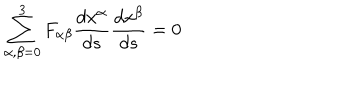
\sum _ { \alpha , \beta = 0 } ^ { 3 } F _ { \alpha \beta } \frac { d x ^ { \alpha } } { d s } \frac { d x ^ { \beta } } { d s } = 0